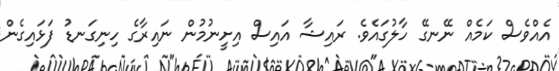
އެއްވެސް ކަމެއް ނޭނގޭ ހާލުގައެވެ. ރައިޝާ އައިސް އިށީނުމުން ނައިރާގެ ހިނިގަނޑު ފަޅައިގެން